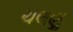
ચલણૢ